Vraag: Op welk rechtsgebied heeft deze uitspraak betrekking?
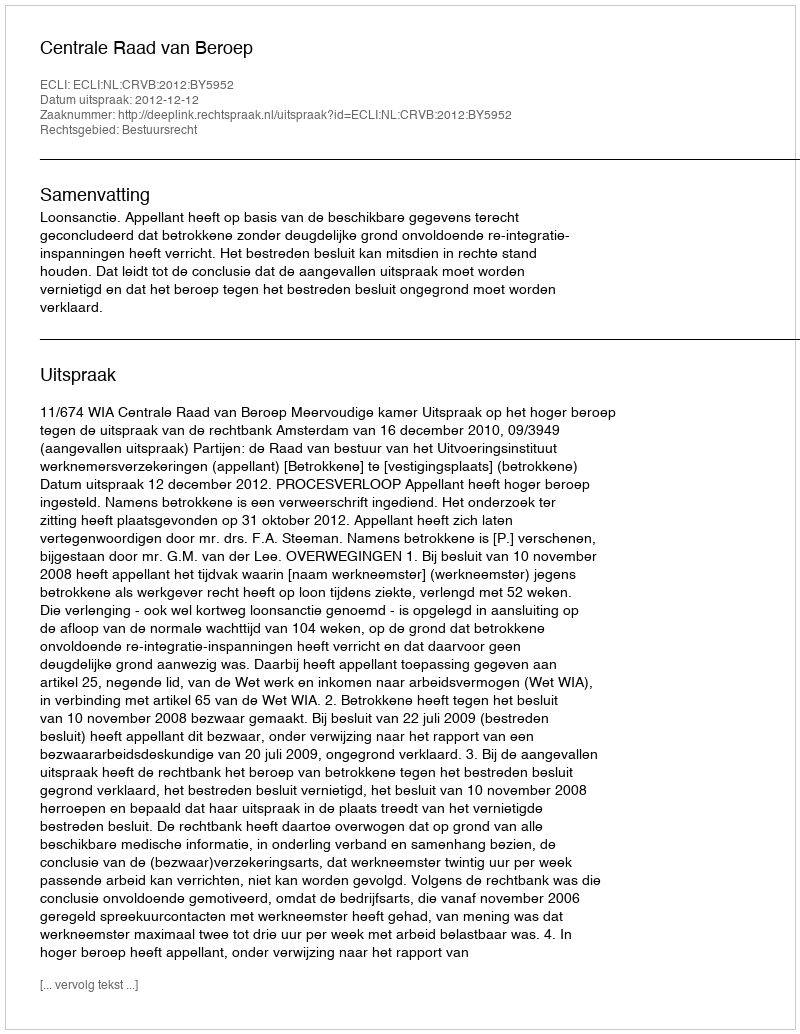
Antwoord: Bestuursrecht